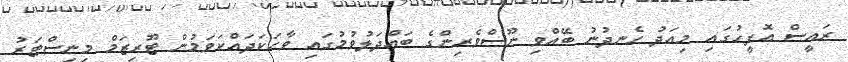
ރައީސް އޮފީހުގައި މިއަދު ހެނދުނު ބޭއްވި ނޫސްވެރިންގެ ބައްދަލުވުމުގައި ވާހަކަދައްކަވަމުން ޓޫރިޒަމް މިނިސްޓަރު